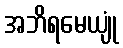
အဘိရမေယျုံ